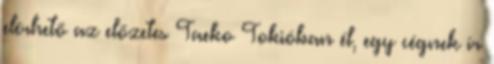
elérhető az előzetes Taeko Tokióban él, egy cégnek ír